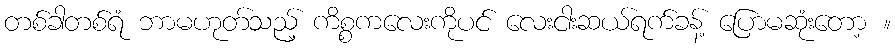
တစ်ခါတစ်ရံ ဘာမဟုတ်သည့် ကိစ္စကလေးကိုပင် လေးငါးဆယ်ရက်ခန့် ပြောမဆုံးတော့ ။